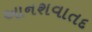
આનશવાતદ